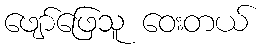
ဖျော်ဖြေသူ ဝေးတယ်